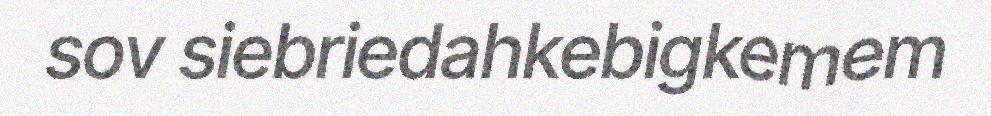
sov siebriedahkebigkemem